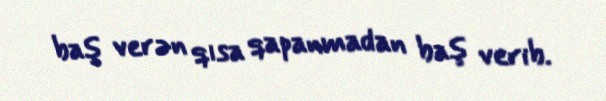
baş verən qısa qapanmadan baş verib.